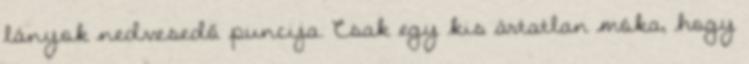
lányok nedvesedő puncija. Csak egy kis ártatlan móka, hogy